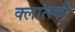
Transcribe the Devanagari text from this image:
क्लात्स्की